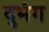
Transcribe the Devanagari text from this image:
दुभंग